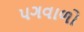
પગવાળો